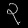
Digit: ၃